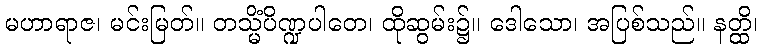
မဟာရာဇ၊ မင်းမြတ်။ တသ္မိံပိဏ္ဍပါတေ၊ ထိုဆွမ်း၌။ ဒေါသော၊ အပြစ်သည်။ နတ္ထိ၊